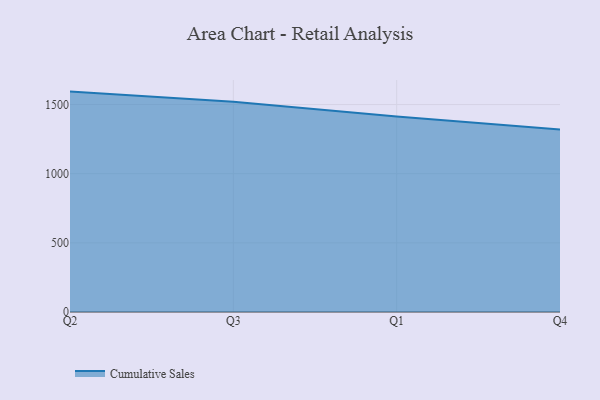
{"axis": {"x": "Quarter", "y": "Conversion Rate (%)"}, "legend": ["Cumulative Sales"], "data": [{"x": "Q2", "y": 1593.8, "type": "Cumulative Sales"}, {"x": "Q3", "y": 1520.4, "type": "Cumulative Sales"}, {"x": "Q1", "y": 1414.6, "type": "Cumulative Sales"}, {"x": "Q4", "y": 1319.2, "type": "Cumulative Sales"}]}